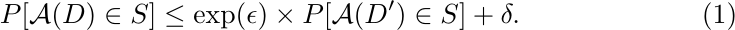
\begin{align}\label{eq:dwork}
    P[\mathcal{A}(D) \in S] \leq \exp(\epsilon) \times P[\mathcal{A}(D') \in S] + \delta.
\end{align}